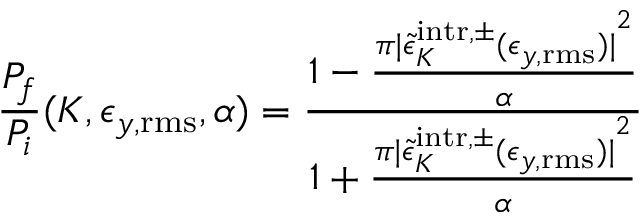
\frac { P _ { f } } { P _ { i } } ( K , \epsilon _ { y , \mathrm { r m s } } , \alpha ) = \frac { 1 - \frac { \pi { | \tilde { \epsilon } _ { K } ^ { \mathrm { i n t r } , \pm } ( \epsilon _ { y , \mathrm { r m s } } ) | } ^ { 2 } } { \alpha } } { 1 + \frac { \pi { | \tilde { \epsilon } _ { K } ^ { \mathrm { i n t r } , \pm } ( \epsilon _ { y , \mathrm { r m s } } ) | } ^ { 2 } } { \alpha } }